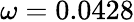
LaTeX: \omega=0.0428